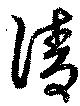
淸